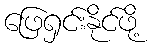
ဖြေရှင်းနိုင်ဖို့